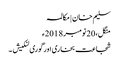
سلیم خان | مکالمہ
منگل، 20 نومبر 2018ء
شجاعت بخاری اور گوری لنکیش ۔